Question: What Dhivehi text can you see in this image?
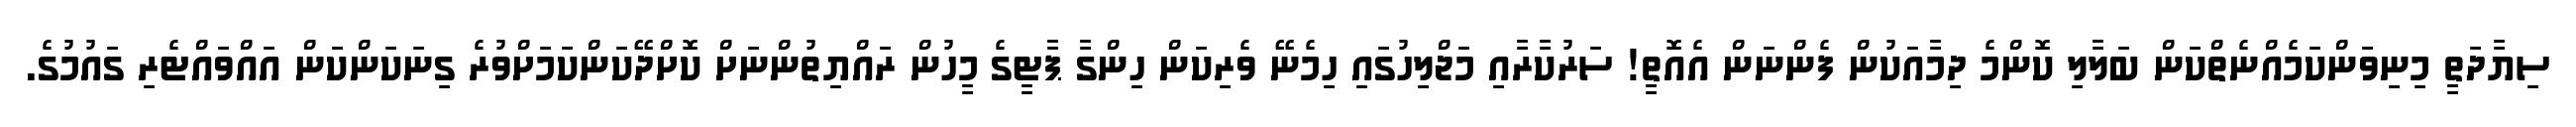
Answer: ސިޔާދަތީ މިނިވަންކަމެއްނެތްކަން ބަލާލި ކޮންމެ ދިމާއަކުން ފެންނަން އެއޮތީ! ސަރުކާރާއި މަޖްލިހުގައި ހިމެނޭ ވެރިކަން ހިންގާ ޕާޓީގެ މީހުން ރައްޔިތުންނަށް ކޮށްދޭކަންކަމަށްވުރެ ގިނަކަންކަން އައްވައްޓެރި ގައުމުގެ.